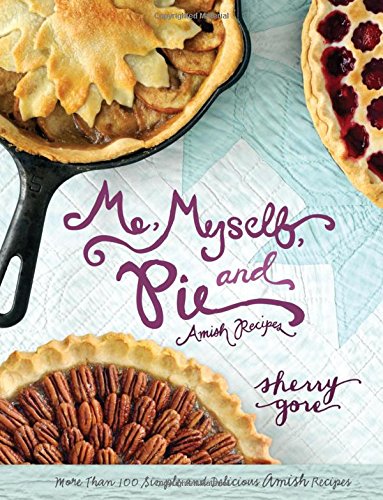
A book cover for Me, Myself, and Pie (The Pinecraft Collection); Sherry Gore; Cookbooks, Food & Wine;